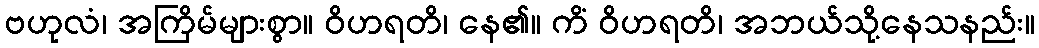
ဗဟုလံ၊ အကြိမ်များစွာ။ ဝိဟရတိ၊ နေ၏။ ကိံ ဝိဟရတိ၊ အဘယ်သို့နေသနည်း။